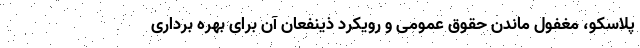
پلاسکو، مغفول ماندن حقوق عمومی و رویکرد ذینفعان آن برای بهره برداری